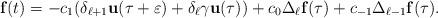
LaTeX: \begin{align*}\mathbf{f}(t)=-c_{1}(\delta_{\ell+1}\mathbf{u}(\tau+\varepsilon)+\delta_\ell\gamma\mathbf{u}(\tau))+c_0\Delta_\ell\mathbf{f}(\tau)+c_{-1}\Delta_{\ell-1}\mathbf{f}(\tau).\end{align*}